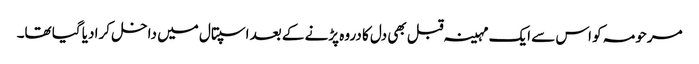
مرحومہ کو اس سے ایک مہینہ قبل بھی دل کا دروہ پڑنے کے بعد اسپتال میں داخل کرا دیا گیا تھا۔